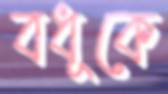
বধূকে